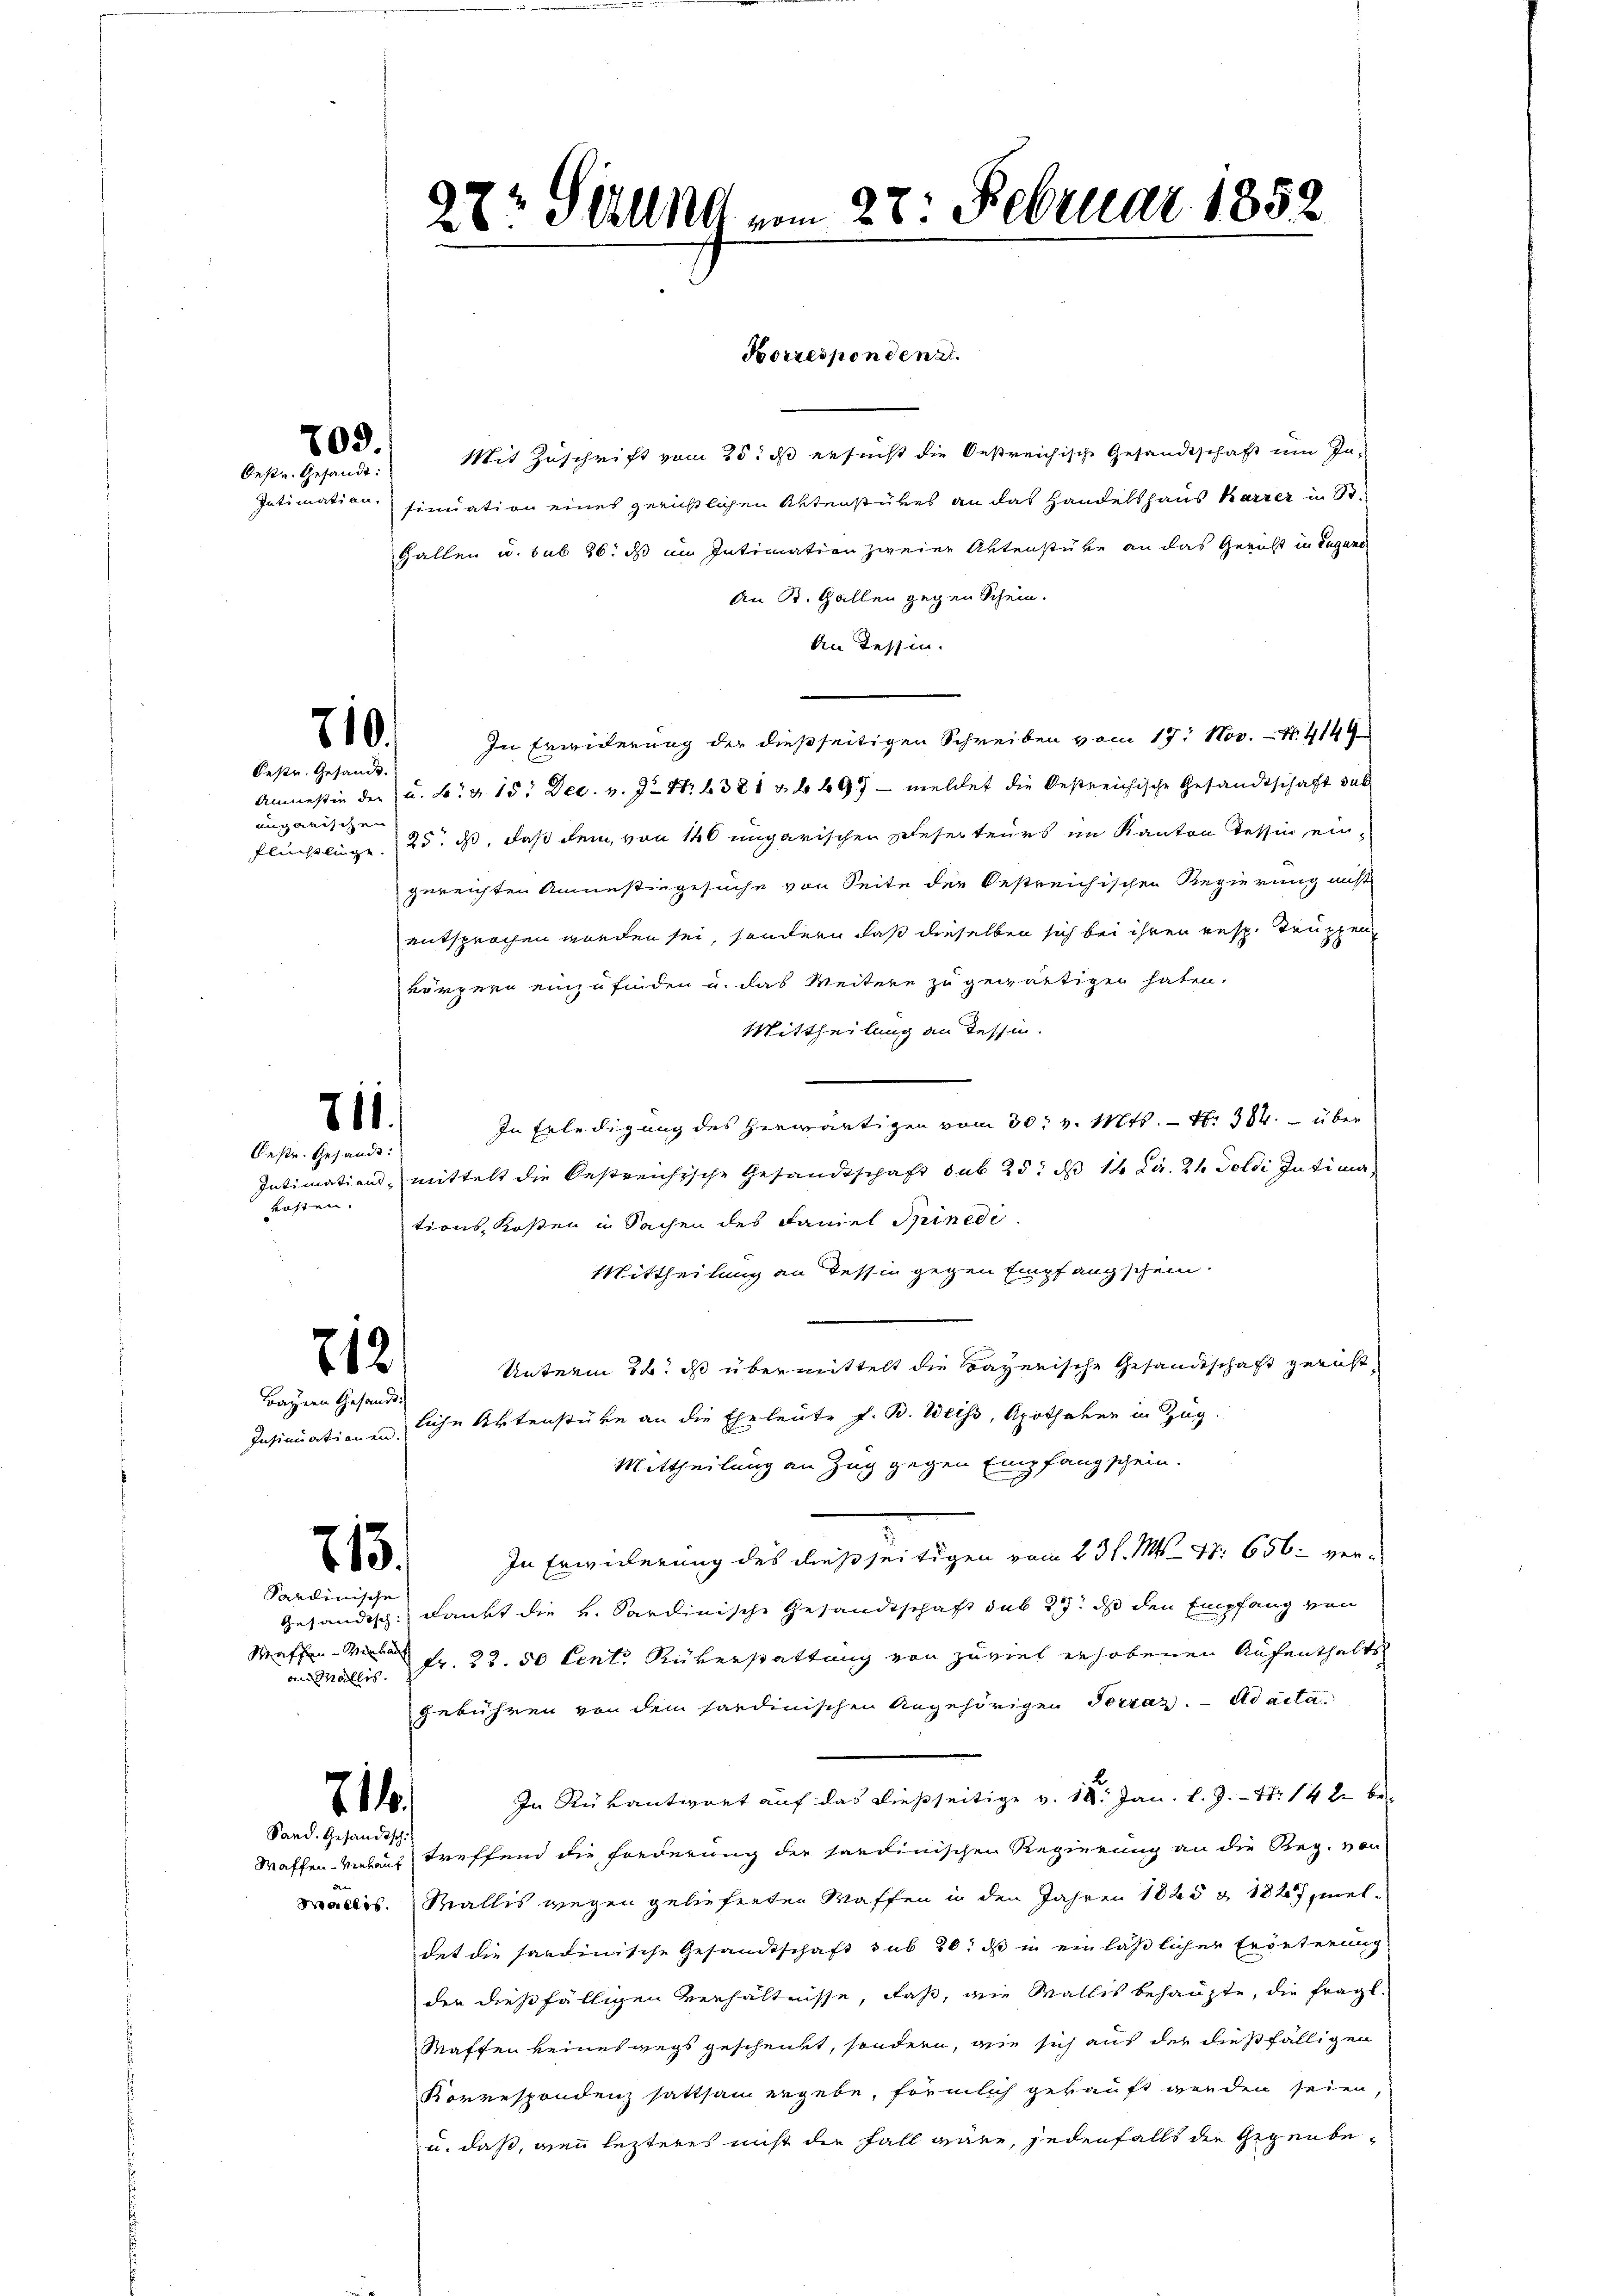
709.
Oestr. Gesandt:

Borrespondenzt.
Mit Zuschrift vom 25. dß ersucht die Oestreichische Gesandtschaft um In-
Intimation sinuation eines gerichtlichen Aktenstükes an das Handelshaus Karrer in St.
Gallen u. sub 26. ds im Intimation zweier Aktenstüke an das Gericht in Lugano
An B. Gallen gegen Schein.
An Tessin.
In Erwiderung der dießseitigen Schreiben vom 17. Nov. N. 4149
Anmessin der u. b. & 15. Dec. v. J. Nr. 6381 n b 697 — meldet die Oestreichische Gesandtschaft sub
Flüchtlinge. 25. ds, daß dem, von 140 ungarischen Deser teurs im Kanton Tessin eingereichten Anmessingesuche von Seite der bestreichischen Regierung nicht
entsprochen worden sei, sondern daß dieselben sich bei ihren resp. Truppen
körpern einzufinden u. das Weitere zu gewärtigen haben.
Mittheilung an Tessin.
In Erledigung des herwärtigen vom 30. v. Mts. — N. 384. über
Intimations- mittelt die bestreichische Gesandtschaft sub 25: ds 14 Ka. 24 Doldi Intima
tions-Kosten in Sachen des Faniel Brinedi
Mittheilung an dessin gegen Empfangschein.
712
Unterm 14. ds übermittelt die Bayerische Gesandtschaft gericht
Bayern Gesandts
liche Aktenstüke an die Eheleute J. B. Weiss, Apotheken in Zug
Insinuationen.
Mittheilung an Zug gegen Empfangschein.
In Erwiderung des dießseitigen vom 23 l. Mts. 47. 656 ver¬
713.
Sardinische
Gesändisch dankt die v. Sardinische Gesandtschaft sub 27. ds den Empfang von
Waffen-Mit Fr. 22. 50 Cent Rükerstattung von zuviel erhobenen Aufenthalts
an Wallis.
gebühren von dem sandinischen Angehörigen Toszaz. Ad acta.
In Rükantwort auf das dießseitige v. 18. Jan. k. J.- 4. 142 be-
71.
Sand. Gesandtsch
treffend die Forderung der sardinischen Regierung an die Reg. von
Waffen-Wielauf

Wallis. Wallis wegen gelieferten Waffen in den Jahren 1825 & 1827, meldet die sardinische Gesandtschaft sub 20. ds in einläßlichen Erdeterung
der dießfälligen Verhältnisse, daß, die Wallis behaupte, die fragl.
Waffen keineswegs geschenkt, sondern, wie sich auf der dießfälligen
Korrespondenz sattsam ergebe, förmlich gekauft werden seien
u. daß, wenn lezteres nicht der Fall wäre, jedenfalls die Gegenbe¬

710.

Oestr. Gesandt.

ungarischen

711.

Oestr. Gesandt.
kosten.

27t Selig vom 28. Februar 1852